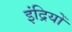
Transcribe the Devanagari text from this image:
इंद्रियोँ